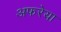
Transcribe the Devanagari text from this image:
अफरेया